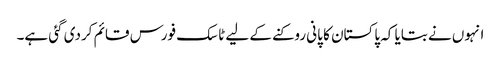
انہوں نے بتایا کہ پاکستان کا پانی روکنے کے لیے ٹاسک فورس قائم کردی گئی ہے۔